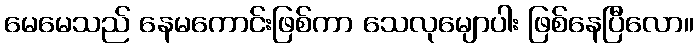
မေမေသည် နေမကောင်းဖြစ်ကာ သေလုမျောပါး ဖြစ်နေပြီလော။